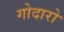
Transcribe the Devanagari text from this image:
गोदारो